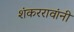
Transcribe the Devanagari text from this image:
शंकररावांनीं